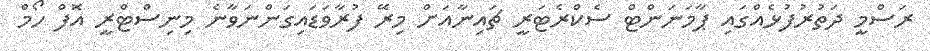
ރަސްމީ ދަތުރުފުޅެއްގައި ޕާމަނަންޓް ސެކްރެޓަރީ ޗައިނާއަށް މިރޭ ފުރާވަޑައިގަންނަވާނެ މިނިސްޓްރީ އޮފް ހޯމް